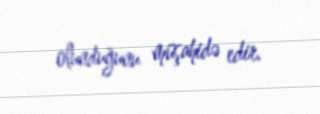
olunduğunu müşahidə edir.